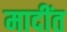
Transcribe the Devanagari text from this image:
मादींत